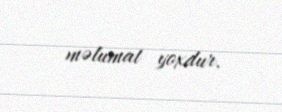
məlumat yoxdur.